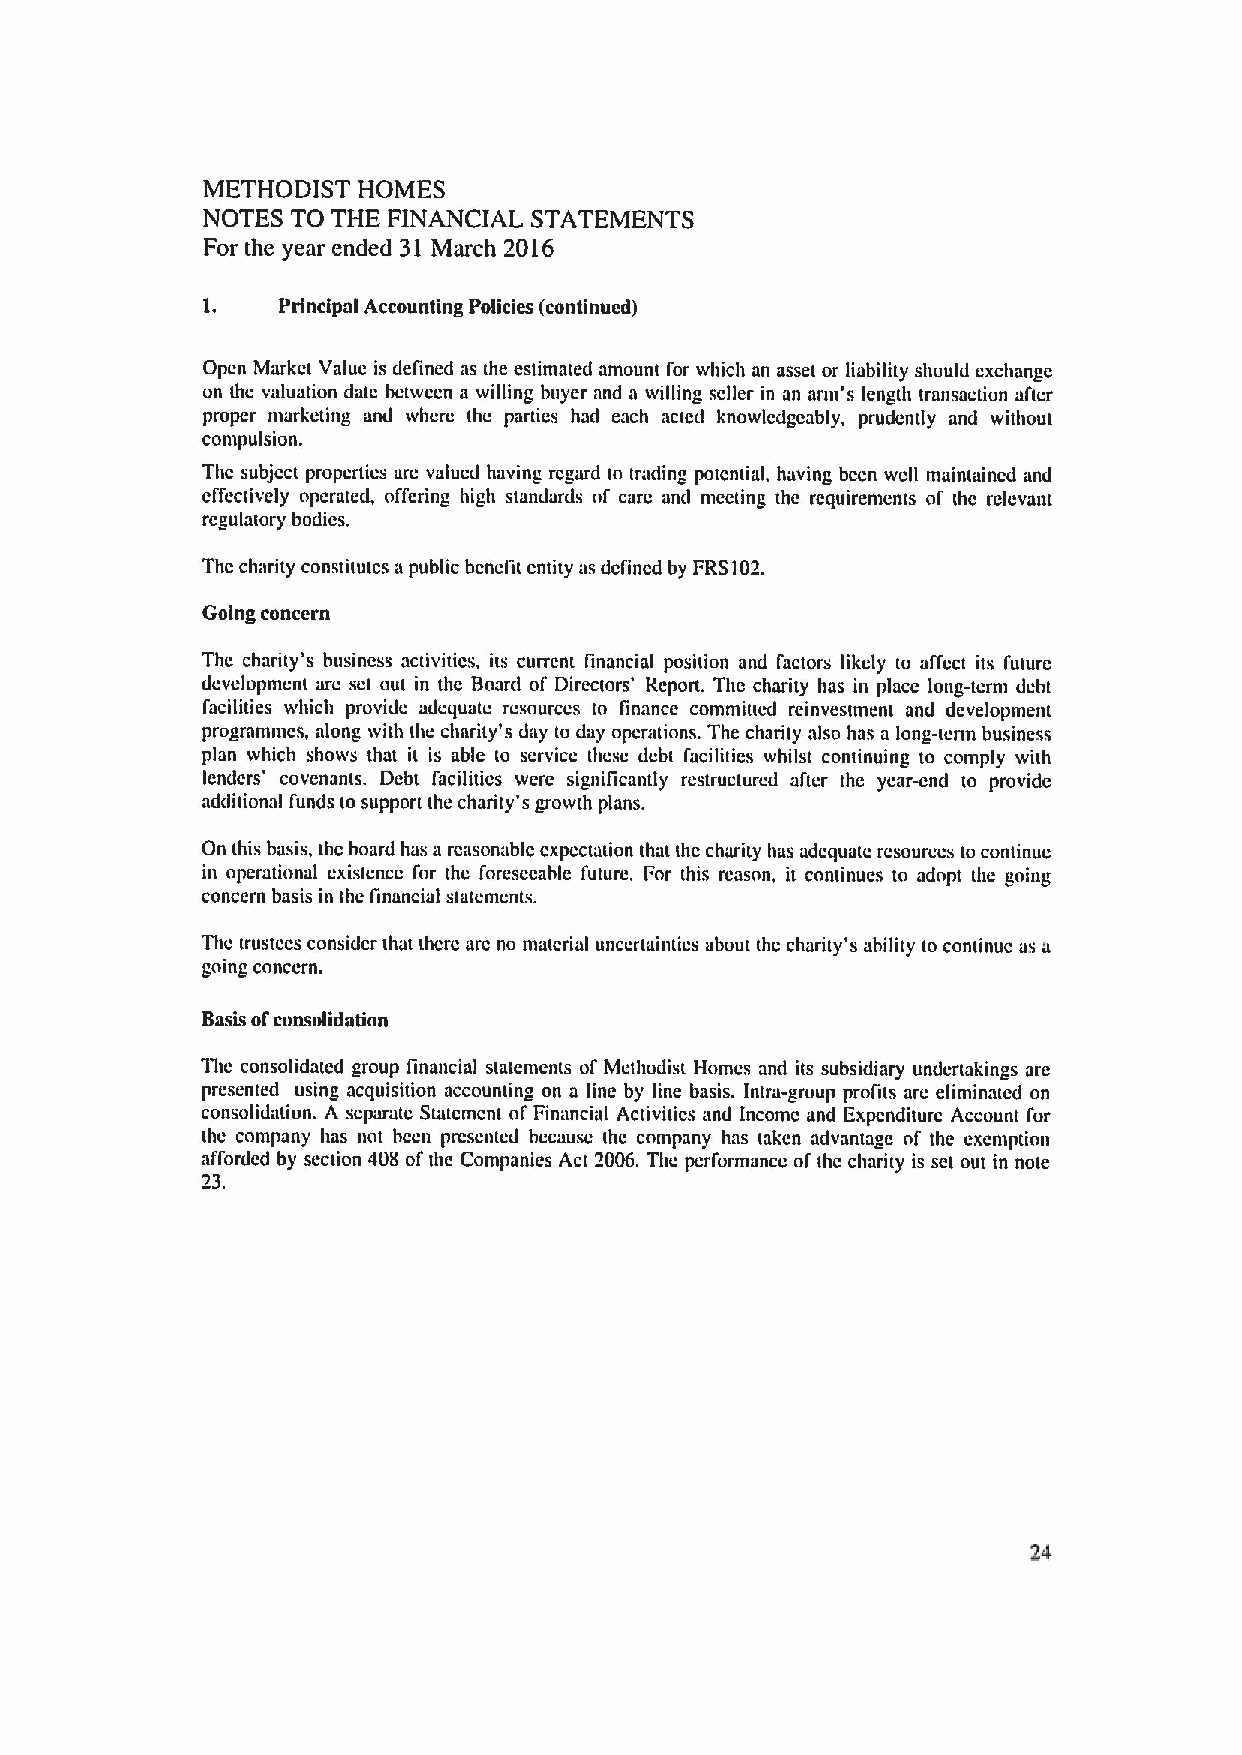
METHODIST  HOMES
 NOTES TO THE FINANCIAL STATEMENTS
 For the year ended 31 March 2016
 1.   Principal Accounting Policies (continued)
 Open Market Value is defined as the estimated amount for which an asset or liability should exchange
 on the valuation date between a willing buyer and a willing seller in an arm's length transaction aner
 proper marketing and where the parties had each acted knowledgeably, prudently and without
 compulsion.
 Thc subject propcrtics arc valued having regard to trading potential, having bccn well maintained and
 effectively operated, offering high standards of care and meeting the requirements of ihc relevant
 regulatory bodies.
 Thc charity constitutes apublic bcnclit entity as dcfincd by FRS102.
 Going concern
 Thc charity's business activities, its current financial position and I'actors likely to affect its I'uture
 development are set out in the Board of Directors' Report. The charity has in place long-term debt
 facilities which provide adequate resources to finance committed reinvestment and development
 progranunes, along with the charity's day to day operations. The charity also has a long-term business
 plan which shows that it is able to service these debt facilities whilst continuing to comply with
 landers' covenants. Debt facilitics were significantly restructured after the year-end to provide
 additional funds to support the charity's growth plans.
 On this basis, thc board has a rcasonablc cxpcctation that thc charity has adcquatc rcsourccs to continue
 in operational existence for the foresccable future. For this reason, it continues to adopt the going
 concern basis in the linancial statements.
 Thc trustccs consider that thcrc arc no ma(crial unccrtaintics about thc charity's ability to continue as a
 going concern.
 Basis ofconsolidation
 The consolidated group linancial statements of Methodist Homes and its subsidiary undertakings are
 presented using acquisition accounting on a line by line basis. Intra-group profits are eliminated on
 consolidation. A scparatc Statcmcnt ol' Financial Activities and Income and Expcnditurc Account I'or
 the company has not hccn presented because thc company has iakcn advantage of the exemption
 afforded by section 408 ofthe Companies Act 2006. The performance ofthe charity is set out in note
 23.
 24